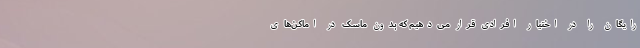
رایگان را در اختیار افرادی قرار می‌دهیم که بدون ماسک در اماکن‌های